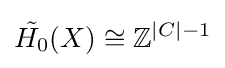
{\tilde {H_{0}}}(X)\cong \mathbb {Z} ^{|C|-1}